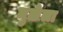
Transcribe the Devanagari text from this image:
मुळेला